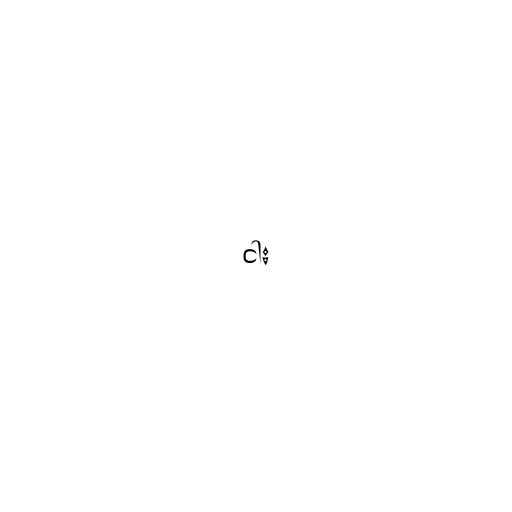
ငါး